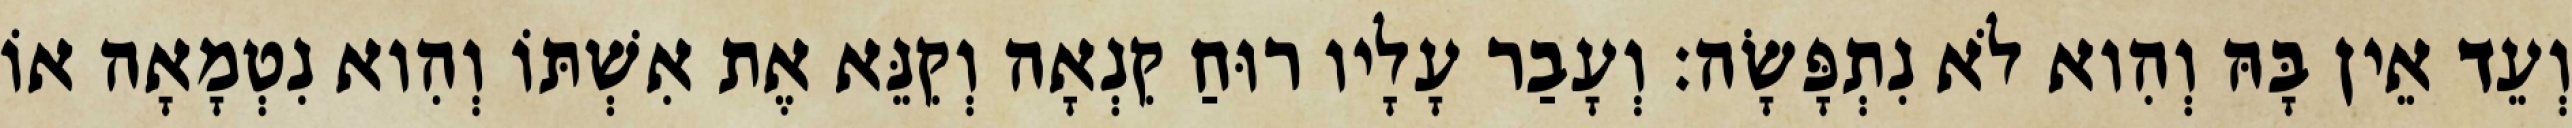
וְעֵד אֵין בָּהּ וְהִוא לֹא נִתְפָּשָׂה׃ וְעָבַר עָלָיו רוּחַ קִנְאָה וְקִנֵּא אֶת אִשְׁתּוֹ וְהִוא נִטְמָאָה אוֹ